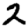
Digit: 2